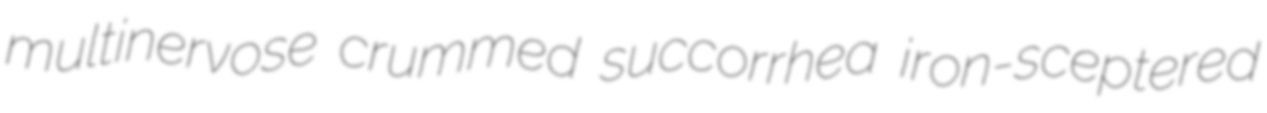
multinervose crummed succorrhea iron-sceptered